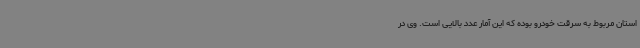
استان مربوط به سرقت خودرو بوده که این آمار عدد بالایی است‌. وی در